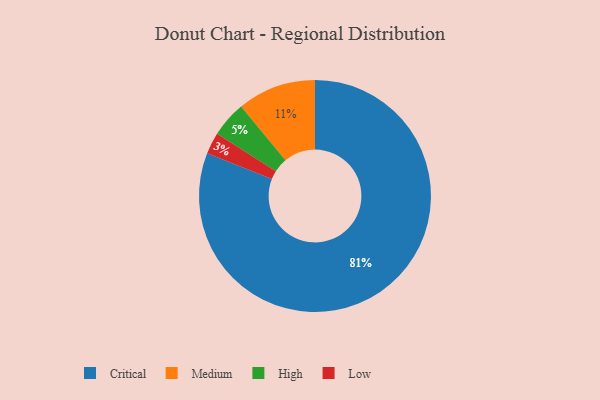
{"axis": {"x": "Category", "y": "Percentage"}, "legend": ["Critical", "High", "Low", "Medium"], "data": [{"x": "Low", "y": 3, "type": "Low"}, {"x": "Critical", "y": 81, "type": "Critical"}, {"x": "High", "y": 5, "type": "High"}, {"x": "Medium", "y": 11, "type": "Medium"}]}